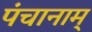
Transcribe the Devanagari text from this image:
पंचानाम्